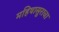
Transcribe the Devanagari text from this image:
महिषासुराचा